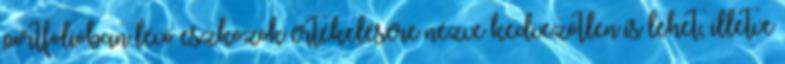
portfolióban lévő eszközök értékelésére nézve kedvezőtlen is lehet, illetve